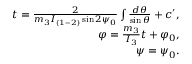
\begin{array} { r } { t = \frac { 2 } { m _ { 3 } I _ { ( 1 - 2 ) } \sin 2 \psi _ { 0 } } \int \frac { d \theta } { \sin \theta } + c ^ { \prime } , } \\ { \varphi = \frac { m _ { 3 } } { I _ { 3 } } t + \varphi _ { 0 } , } \\ { \psi = \psi _ { 0 } . } \end{array}